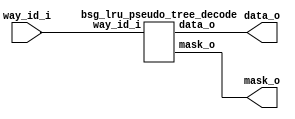
// This program was cloned from: https://github.com/chipsalliance/UHDM-integration-tests
// License: Apache License 2.0



module top
(
  way_id_i,
  data_o,
  mask_o
);

  input [3:0] way_id_i;
  output [14:0] data_o;
  output [14:0] mask_o;

  bsg_lru_pseudo_tree_decode
  wrapper
  (
    .way_id_i(way_id_i),
    .data_o(data_o),
    .mask_o(mask_o)
  );


endmodule



module bsg_lru_pseudo_tree_decode
(
  way_id_i,
  data_o,
  mask_o
);

  input [3:0] way_id_i;
  output [14:0] data_o;
  output [14:0] mask_o;
  wire [14:0] data_o,mask_o;
  wire N0,N1,N2,N3;
  assign mask_o[0] = 1'b1;
  assign data_o[0] = 1'b1 & N0;
  assign N0 = ~way_id_i[3];
  assign mask_o[1] = 1'b1 & N0;
  assign data_o[1] = mask_o[1] & N1;
  assign N1 = ~way_id_i[2];
  assign mask_o[2] = 1'b1 & way_id_i[3];
  assign data_o[2] = mask_o[2] & N1;
  assign mask_o[3] = mask_o[1] & N1;
  assign data_o[3] = mask_o[3] & N2;
  assign N2 = ~way_id_i[1];
  assign mask_o[4] = mask_o[1] & way_id_i[2];
  assign data_o[4] = mask_o[4] & N2;
  assign mask_o[5] = mask_o[2] & N1;
  assign data_o[5] = mask_o[5] & N2;
  assign mask_o[6] = mask_o[2] & way_id_i[2];
  assign data_o[6] = mask_o[6] & N2;
  assign mask_o[7] = mask_o[3] & N2;
  assign data_o[7] = mask_o[7] & N3;
  assign N3 = ~way_id_i[0];
  assign mask_o[8] = mask_o[3] & way_id_i[1];
  assign data_o[8] = mask_o[8] & N3;
  assign mask_o[9] = mask_o[4] & N2;
  assign data_o[9] = mask_o[9] & N3;
  assign mask_o[10] = mask_o[4] & way_id_i[1];
  assign data_o[10] = mask_o[10] & N3;
  assign mask_o[11] = mask_o[5] & N2;
  assign data_o[11] = mask_o[11] & N3;
  assign mask_o[12] = mask_o[5] & way_id_i[1];
  assign data_o[12] = mask_o[12] & N3;
  assign mask_o[13] = mask_o[6] & N2;
  assign data_o[13] = mask_o[13] & N3;
  assign mask_o[14] = mask_o[6] & way_id_i[1];
  assign data_o[14] = mask_o[14] & N3;

endmodule